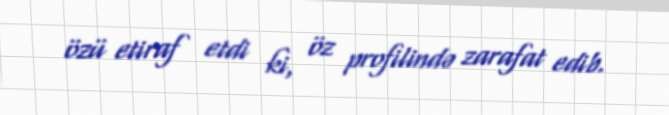
özü etiraf etdi ki, öz profilində zarafat edib.